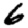
Digit: 6